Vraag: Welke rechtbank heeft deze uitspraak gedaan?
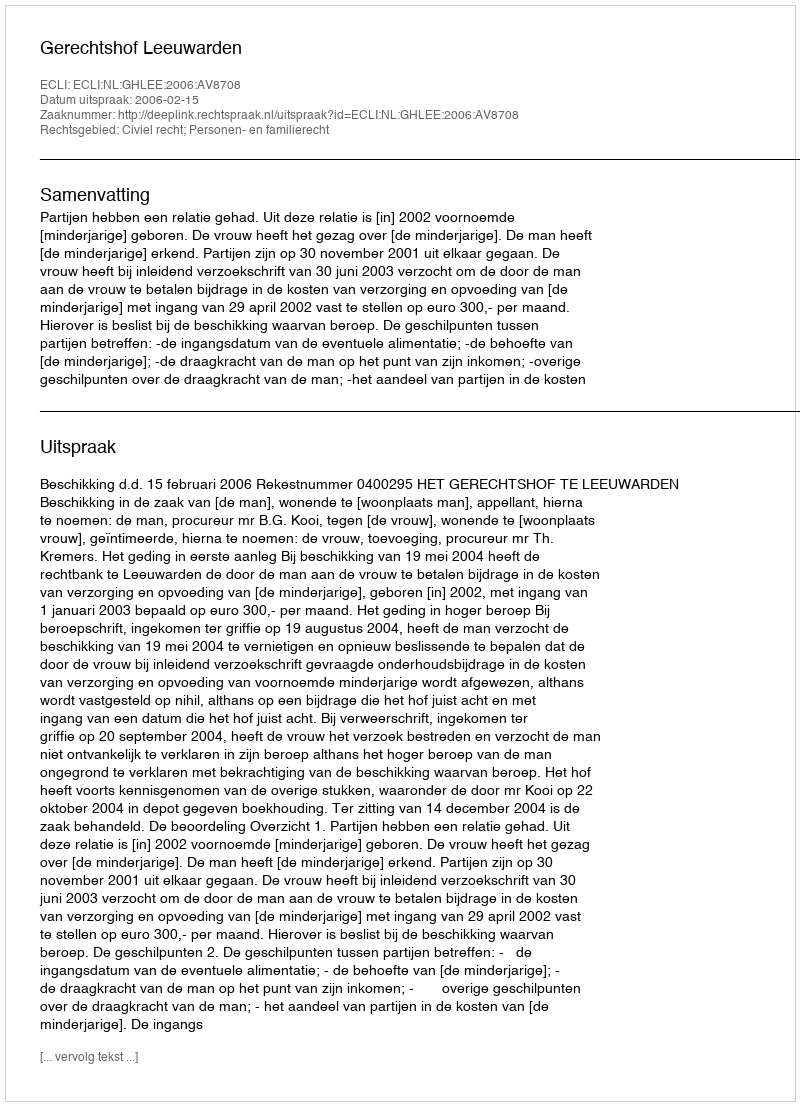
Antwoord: Gerechtshof Leeuwarden